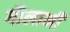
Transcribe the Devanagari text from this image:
गौलानी